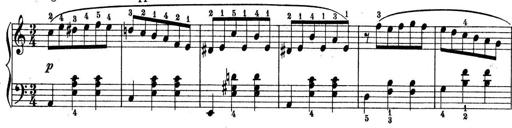
Title: 9 Sonatinen
Composer: Alexander Winterberger